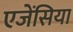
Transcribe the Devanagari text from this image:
एजेंसिया